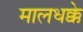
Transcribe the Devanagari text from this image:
मालधक्के